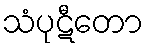
သံပုဋီတော